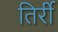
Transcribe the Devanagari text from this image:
तिर्री